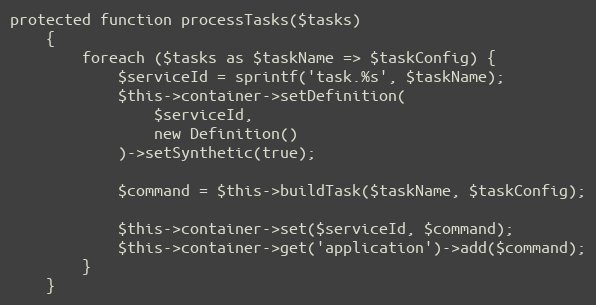
Language: PHP
protected function processTasks($tasks)
    {
        foreach ($tasks as $taskName => $taskConfig) {
            $serviceId = sprintf('task.%s', $taskName);
            $this->container->setDefinition(
                $serviceId,
                new Definition()
            )->setSynthetic(true);

            $command = $this->buildTask($taskName, $taskConfig);

            $this->container->set($serviceId, $command);
            $this->container->get('application')->add($command);
        }
    }